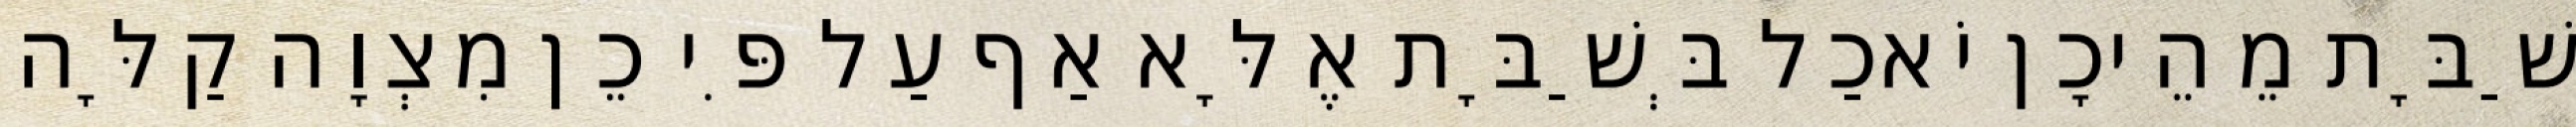
שַׁבָּת מֵהֵיכָן יֹאכַל בְּשַׁבָּת אֶלָּא אַף עַל פִּי כֵן מִצְוָה קַלָּה